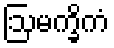
ဩမက္ခိကံ